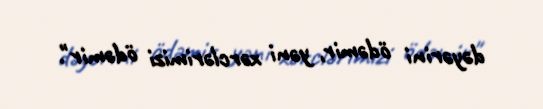
dəyərini ödəmir, yəni xərclərimizi ödəmir".